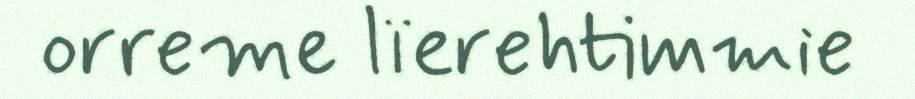
orreme lïerehtimmie